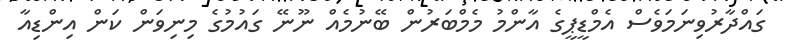
ގައްދާރުވިނަމަވެސް އެމްޑީޕީގެ އާންމު މެމްބަރުން ބޭނުމެއް ނޫނޭ ގައުމުގެ މިނިވަން ކަން އިންޑިއާ